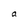
Character: a